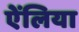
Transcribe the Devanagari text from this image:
ऐंलिया